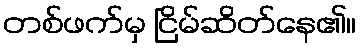
တစ်ဖက်မှ ငြိမ်ဆိတ်နေ၏။